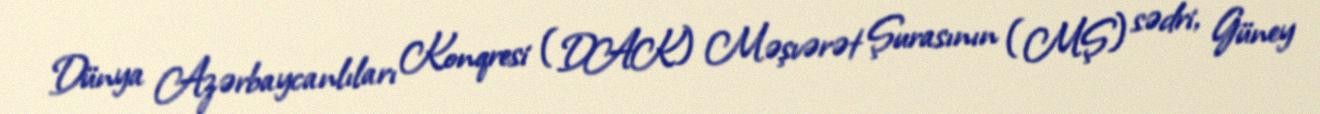
Dünya Azərbaycanlıları Konqresi (DAK) Məşvərət Şurasının (MŞ) sədri, Güney